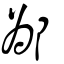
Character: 鄬